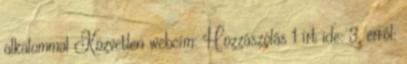
alkalommal Közvetlen webcím: Hozzászólás 1 írt ide: 3, erről: